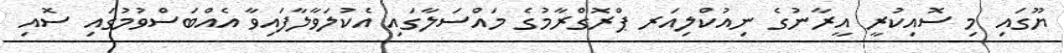
ޔޫގައި މި ސޮއިކުރީ އީރާނުގެ ނިއުކްލިއަރ ޕްރޮގްރާމުގެ މައްސަލާގައި އެކުލަވާލާފައިވާ އެއްބަސްވުމުގައި ސޮއި